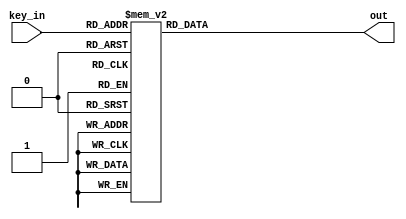

//3 8
// 1 2 3
//LED
//IO 3 

module decoder_38(out,key_in);

output[7:0] out;     //3 888LED
                     //8LED
input[2:0] key_in;   //(1 2 3)key1 key2 key3 

reg[7:0] out;
always @(key_in)

begin
case(key_in)
                        
3'd0: out=8'b11111110;  //LED,
3'd1: out=8'b11111101;
3'd2: out=8'b11111011;
3'd3: out=8'b11110111;
3'd4: out=8'b11101111;
3'd5: out=8'b11011111;
3'd6: out=8'b10111111;
3'd7: out=8'b01111111;

endcase 
end 
endmodule